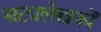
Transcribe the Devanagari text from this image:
नाट्यलेखकों